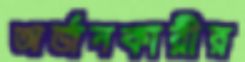
অর্জনকারীর